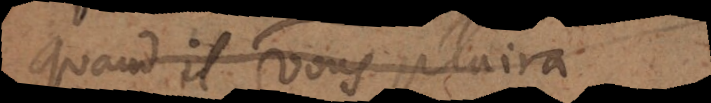
quand il vous plaira.